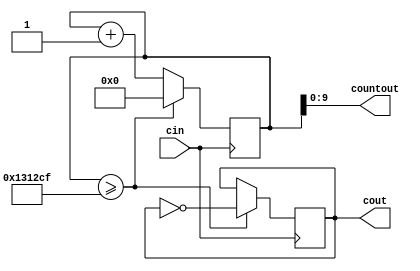
module ClockDividerFAST(cin,cout,countout);
	 // Based on (corrected) code from fpga4student.com
	 // cin is the input clock; if from the DE10-Lite,
	 // the input clock will be at 50 MHz
	 // The clock divider toggles cout every 25 million
	 // cycles of the input clock
	 input cin;
	 output reg cout;
	 output [9:0] countout;
	 assign countout = count[9:0];
	 reg[31:0] count; 
	 parameter D = 32'd1250000;//32'd12500000
	 always @(posedge cin) begin
		 count <= count + 32'd1;
		 if (count >= (D-1)) begin
			 cout <= ~cout;
			 count <= 32'd0;
		 end
	 end
endmodule